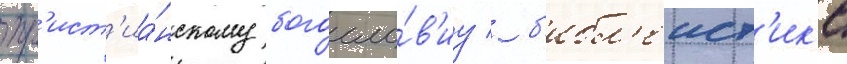
хр'ист'иа́нскому богосло́в'иу / б'ибл'еист'ик'е